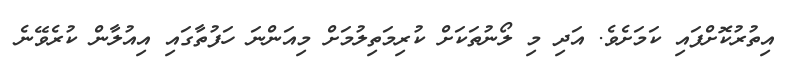
އިތުރުކޮށްފައި ކަމަށެވެ. އަދި މި ލޯނުތަކަށް ކުރިމަތިލުމަށް މިއަންނަ ހަފުތާގައި އިއުލާން ކުރެވޭނެ